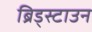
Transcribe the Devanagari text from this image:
ब्रिड्स्टाउन